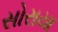
સોરાયા